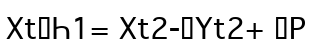
XtҺ1= Xt2-Yt2+ P